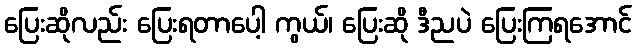
ပြေးဆိုလည်း ပြေးရတာပေါ့ ကွယ်၊ ပြေးဆို ဒီညပဲ ပြေးကြရအောင်